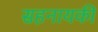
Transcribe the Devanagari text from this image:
सहनायकी